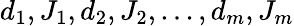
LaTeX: d_{1},J_{1},d_{2},J_{2},...,d_{m},J_{m}